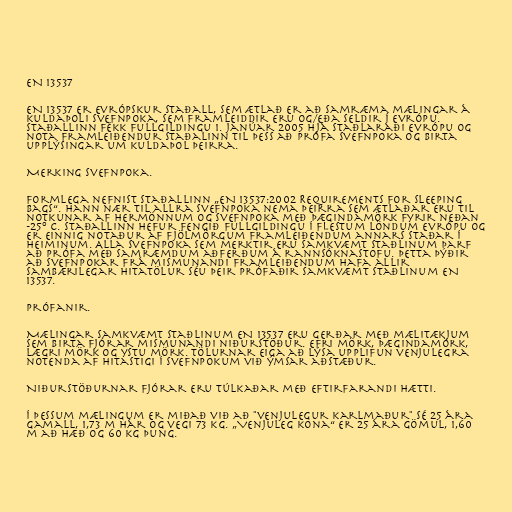
EN 13537

EN 13537 er evrópskur staðall, sem ætlað er að samræma mælingar á
kuldaþoli svefnpoka, sem framleiddir eru og/eða seldir í Evrópu.
Staðallinn fékk fullgildingu 1. janúar 2005 hjá Staðlaráði Evrópu og
nota framleiðendur staðalinn til þess að prófa svefnpoka og birta
upplýsingar um kuldaþol þeirra.

Merking svefnpoka.

Formlega nefnist staðallinn „EN 13537:2002 Requirements for Sleeping
Bags“. Hann nær til allra svefnpoka nema þeirra sem ætlaðar eru til
notkunar af hermönnum og svefnpoka með þægindamörk fyrir neðan
-25° C. Staðallinn hefur fengið fullgildingu í flestum löndum Evrópu og
er einnig notaður af fjölmörgum framleiðendum annars staðar í
heiminum. Alla svefnpoka sem merktir eru samkvæmt staðlinum þarf
að prófa með samræmdum aðferðum á rannsóknastofu. Þetta þýðir
að svefnpokar frá mismunandi framleiðendum hafa allir
sambærilegar hitatölur séu þeir prófaðir samkvæmt staðlinum EN
13537.

Prófanir.

Mælingar samkvæmt staðlinum EN 13537 eru gerðar með mælitækjum
sem birta fjórar mismunandi niðurstöður. Efri mörk, þægindamörk,
lægri mörk og ystu mörk. Tölurnar eiga að lýsa upplifun venjulegra
notenda af hitastigi í svefnpokum við ýmsar aðstæður.

Niðurstöðurnar fjórar eru túlkaðar með eftirfarandi hætti.

Í þessum mælingum er miðað við að "venjulegur karlmaður" sé 25 ára
gamall, 1,73 m hár og vegi 73 kg. „Venjuleg kona“ er 25 ára gömul, 1,60
m að hæð og 60 kg þung.